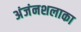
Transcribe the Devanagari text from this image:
अंजंनशलाका